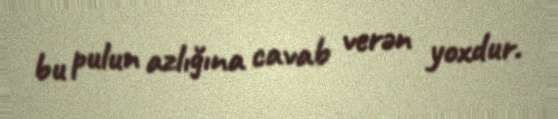
bu pulun azlığına cavab verən yoxdur.